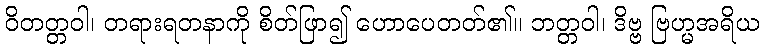
ဝိတတ္တဝါ၊ တရားရတနာကို စိတ်ဖြာ၍ ဟောပေတတ်၏။ ဘတ္တဝါ၊ ဒိဗ္ဗ ဗြဟ္မအရိယ